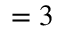
= 3